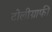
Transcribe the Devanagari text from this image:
टोलीग्राफी